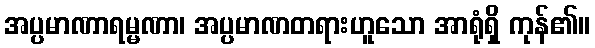
အပ္ပမာဏာရမ္မဏာ၊ အပ္ပမာဏတရားဟူသော အာရုံရှိ ကုန်၏။